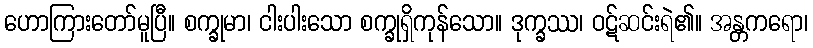
ဟောကြားတော်မူပြီ။ စက္ခုမာ၊ ငါးပါးသော စက္ခုရှိကုန်သော။ ဒုက္ခဿ၊ ဝဋ်ဆင်းရဲ၏။ အန္တကရော၊